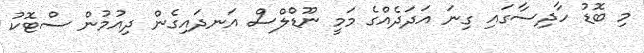
މި ބޮޑު ހާދިސާގައި ގިނަ އަދަދެއްގެ މަމީ ނޫޑްލްސް އަނދައިގެން ދިއުމުން ސްޓޮކު